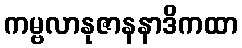
ကမ္ဗလာနုဇာနနာဒိကထာ